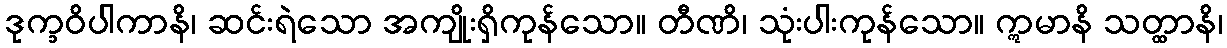
ဒုက္ခဝိပါကာနိ၊ ဆင်းရဲသော အကျိုးရှိကုန်သော။ တီဏိ၊ သုံးပါးကုန်သော။ ဣမာနိ သတ္ထာနိ၊